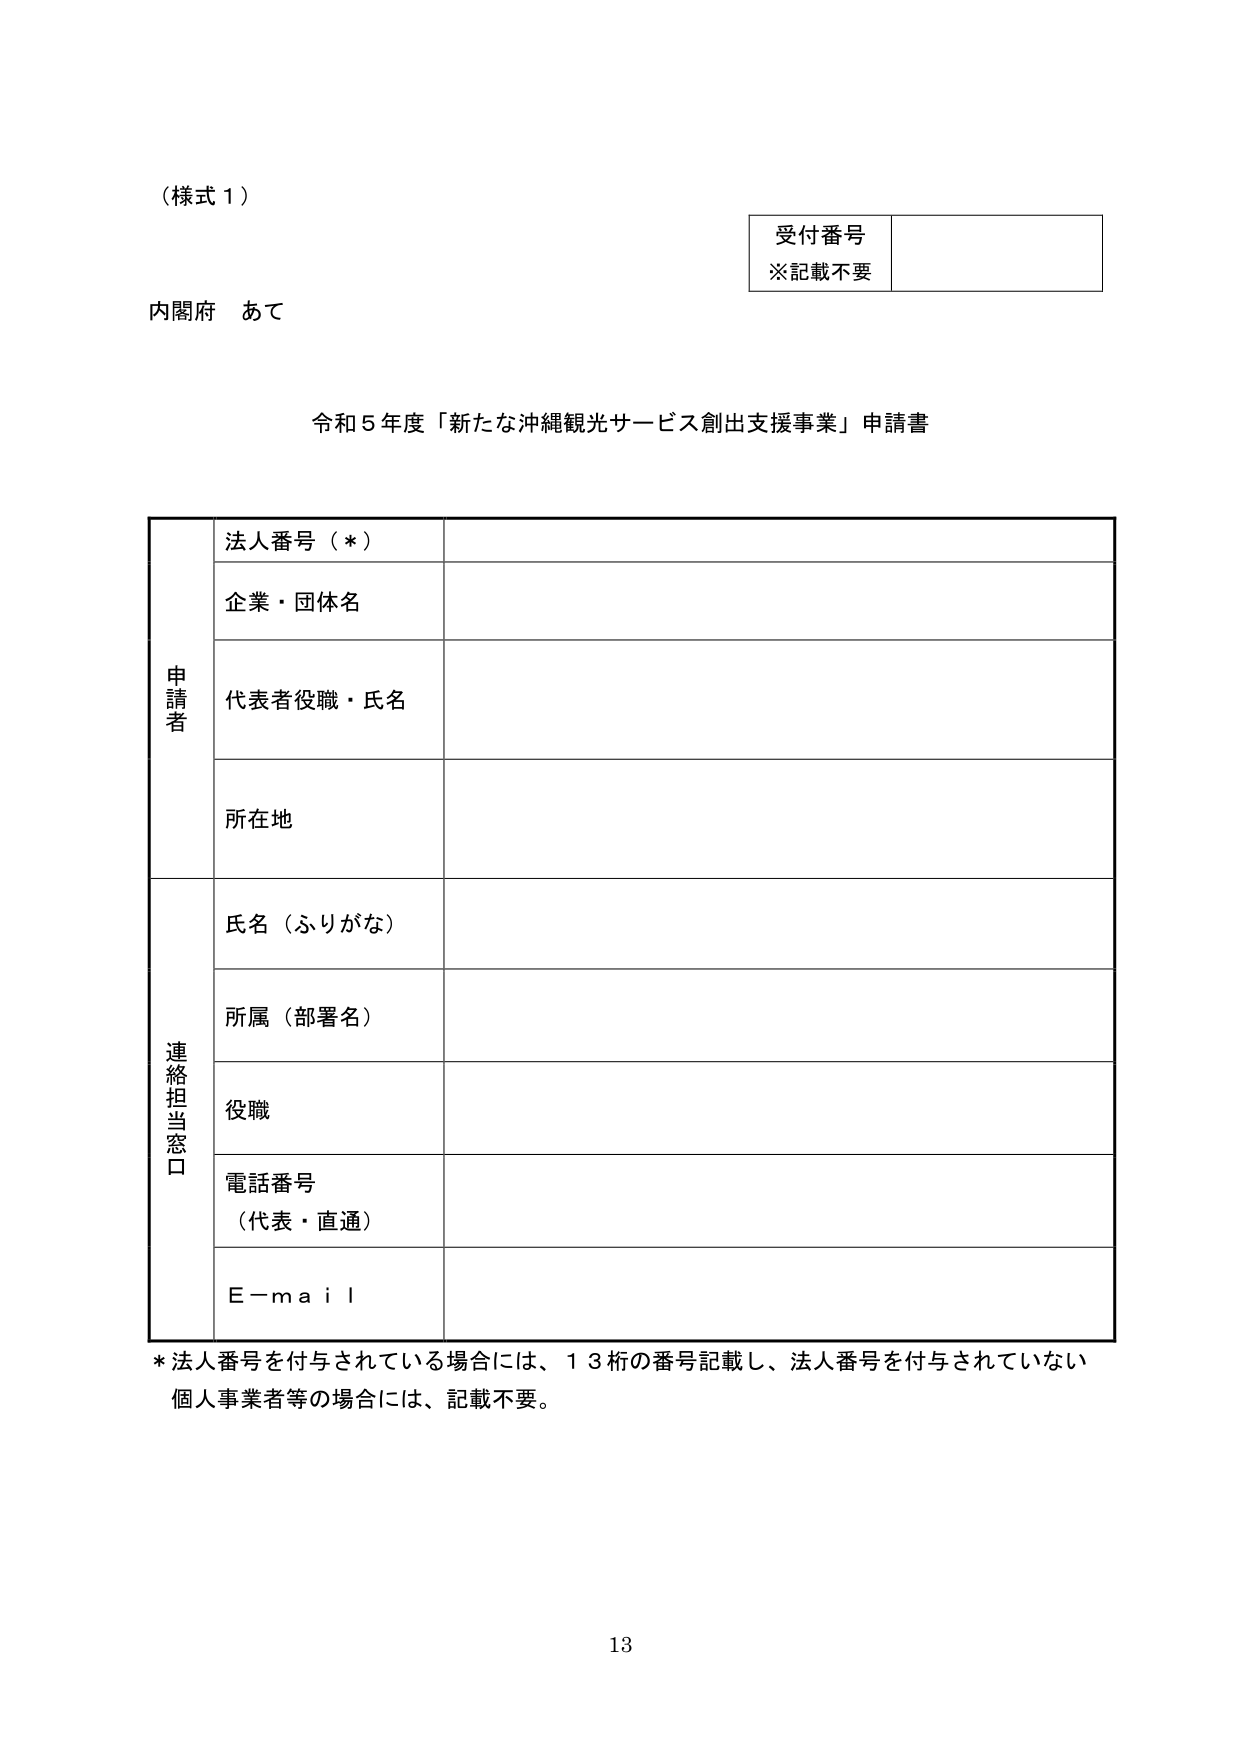
（様式１）

内閣府 あて

受付番号
※記載不要

令和５年度「新たな沖縄観光サービス創出支援事業」申請書

申請者
法人番号（*）
企業・団体名
代表者役職・氏名
所在地

連絡担当窓口
氏名（ふりがな）
所属（部署名）
役職
電話番号
（代表・直通）
E-mail

* 法人番号を付与されている場合には、１３桁の番号記載し、法人番号を付与されていない個人事業者等の場合には、記載不要。

13